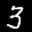
Label: 3